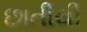
છાતીથી